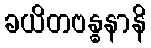
ခယိတဗန္ဓနာနိ